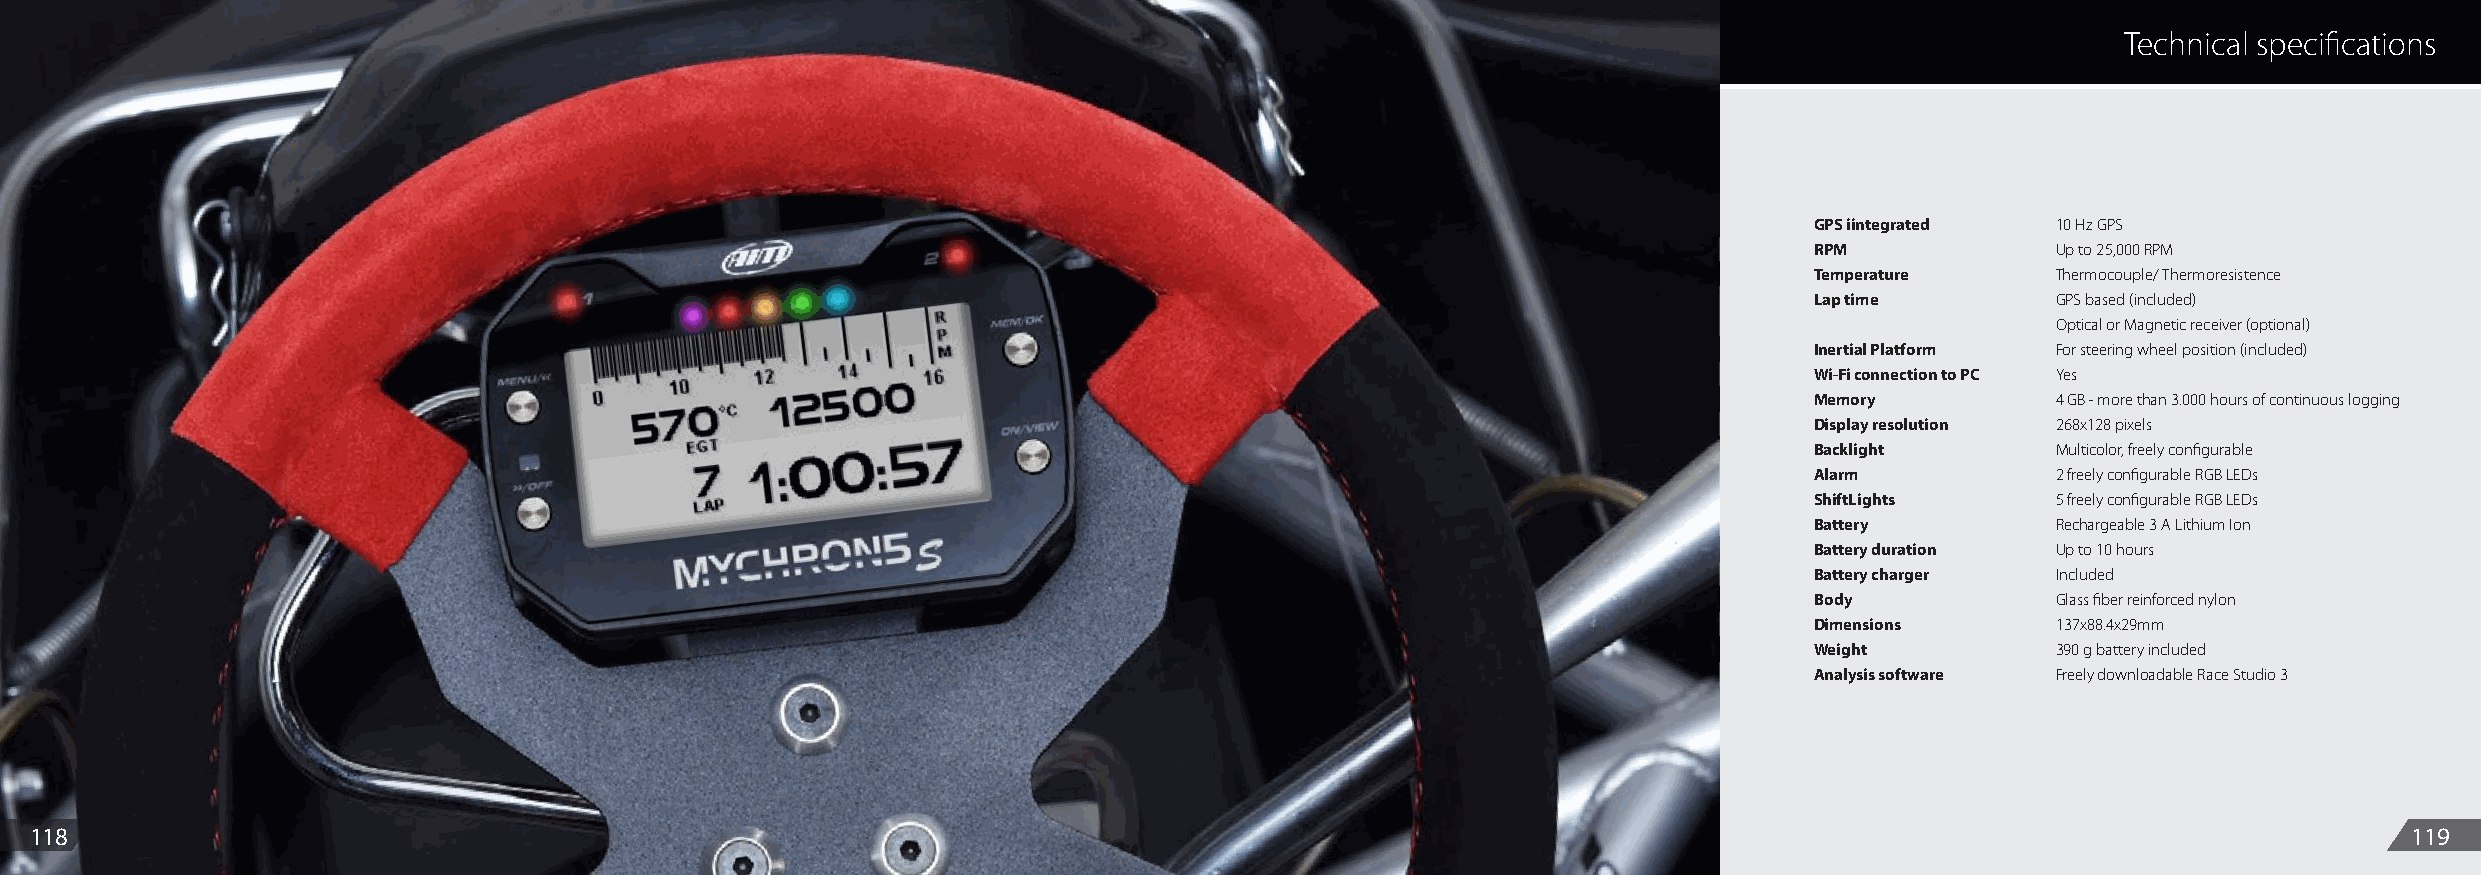
Technical specifications
 GPS iintegrated 10 Hz GPS
 RPM             Up to 25,000 RPM
 Temperature     Thermocouple/ Thermoresistence
 Lap time        GPS based (included)
 Optical or Magnetic receiver (optional)
 Inertial Platform For steering wheel position (included)
 Wi-Fi connection to PC Yes
 Memory          4 GB - more than 3.000 hours of continuous logging
 Display resolution 268x128 pixels
 Backlight       Multicolor, freely configurable
 Alarm           2 freely configurable RGB LEDs
 ShiftLights     5 freely configurable RGB LEDs
 Battery         Rechargeable 3 A Lithium Ion
 Battery duration Up to 10 hours
 Battery charger Included
 Body            Glass fiber reinforced nylon
 Dimensions      137x88.4x29mm
 Weight          390 g battery included
 Analysis software Freely downloadable Race Studio 3
 118                                                                                                                                                           119